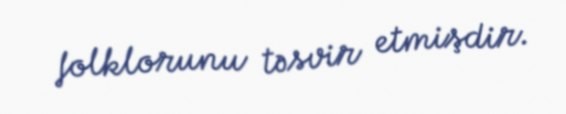
folklorunu təsvir etmişdir.